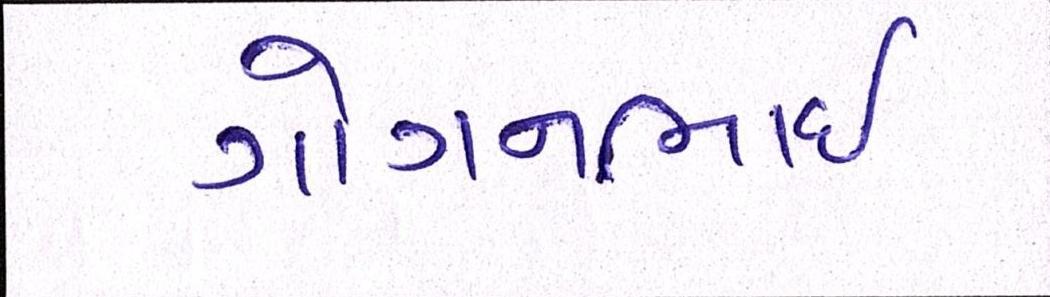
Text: ગોગનભાઇ